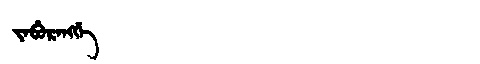
Manchu: ᠵᠠᠪᡠᡵᠠᠩᡤᡝ
Romanization: JABURANGGE